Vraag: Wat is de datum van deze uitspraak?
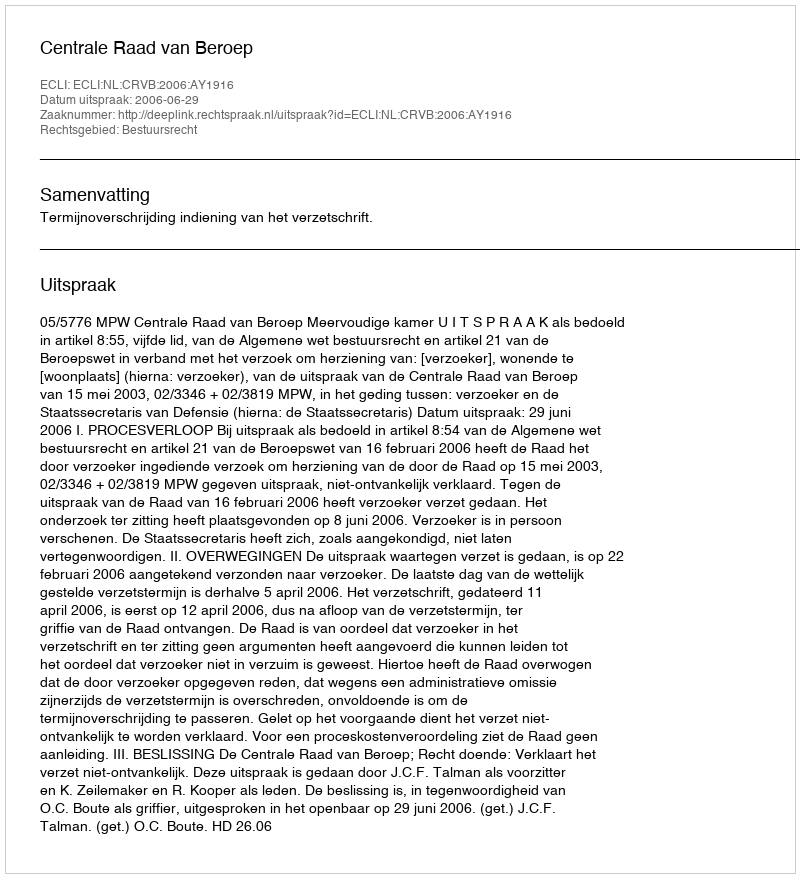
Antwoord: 2006-06-29